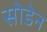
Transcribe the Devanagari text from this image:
सोडेन